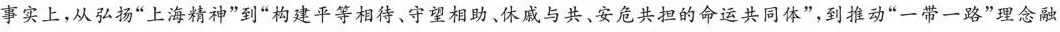
事实上，从弘扬”上海精神”到”构建平等相待、守望相助、休戚与共、安危共担的命运共同体”，到推动”一带一路”理念融